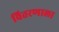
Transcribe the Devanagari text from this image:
वितरणाला